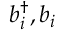
b _ { i } ^ { \dagger } , b _ { i }